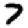
Digit: 7